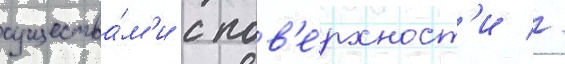
существа́м'и с пов'е́рхност'и //